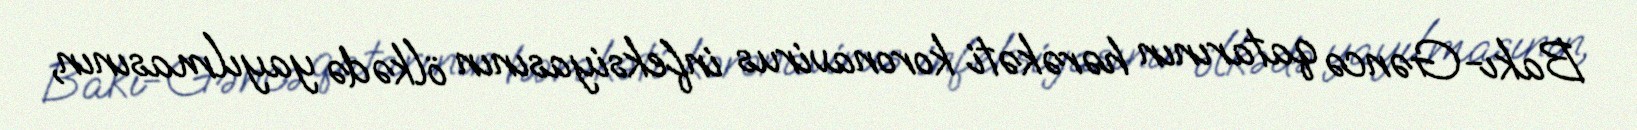
Bakı-Gəncə qatarının hərəkəti koronavirus infeksiyasının ölkədə yayılmasının,